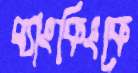
ব্যাংকিংকে